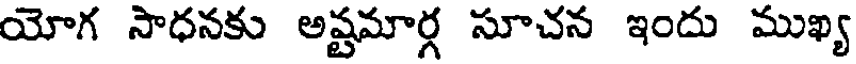
యోగ సాధనకు అష్టమార్గ సూచన ఇందు ముఖ్య